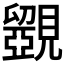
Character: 𧢗